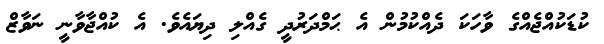
ކުޑަކުއްޖެއްގެ ވާހަކަ ދެއްކުމުން އެ ޙަމްދަރުދީ ގެއްލި ދިޔައެވެ. އެ ކުއްޖާވާނީ ނަވާޒް